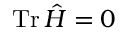
\operatorname { T r } \hat { H } = 0